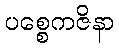
ပစ္စေကဇိနာ